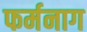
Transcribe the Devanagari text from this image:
फर्मनाग